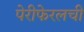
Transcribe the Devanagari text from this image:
पेरीफेरलची